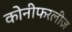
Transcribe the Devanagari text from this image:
कोनीफरलीज़